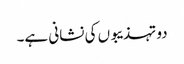
دو تہذیبوں کی نشانی ہے۔